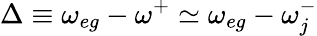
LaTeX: \Delta\equiv\omega_{eg}-\omega^{+}\simeq\omega_{eg}-\omega_{j}^{-}